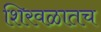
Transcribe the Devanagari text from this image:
शिरवळातच